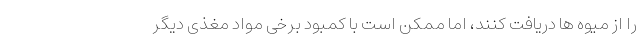
را از میوه ها دریافت کنند، اما ممکن است با کمبود برخی مواد مغذی دیگر